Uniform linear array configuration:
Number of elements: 24
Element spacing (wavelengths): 0.5
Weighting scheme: exponential
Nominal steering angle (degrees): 60
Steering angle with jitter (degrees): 60.282
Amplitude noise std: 0.05
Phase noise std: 0.05

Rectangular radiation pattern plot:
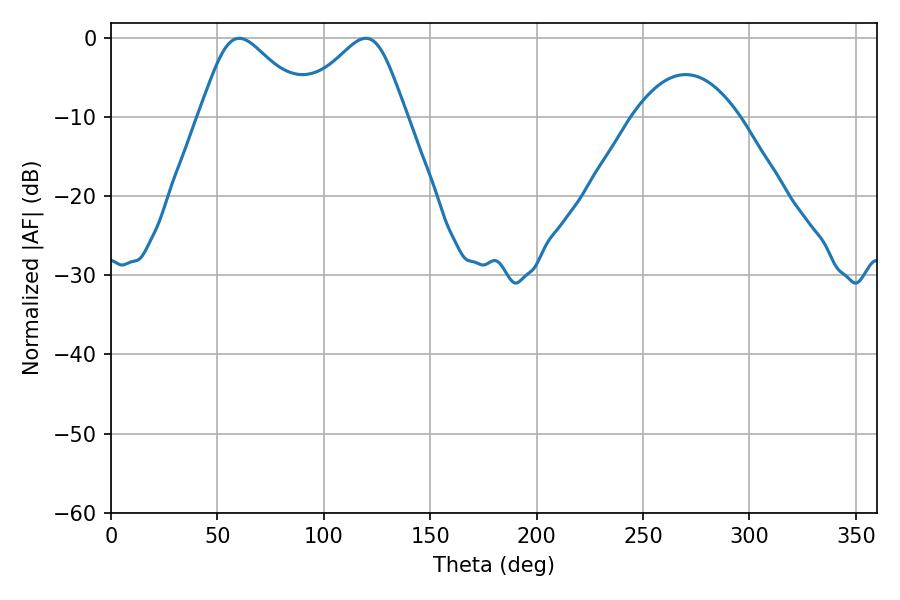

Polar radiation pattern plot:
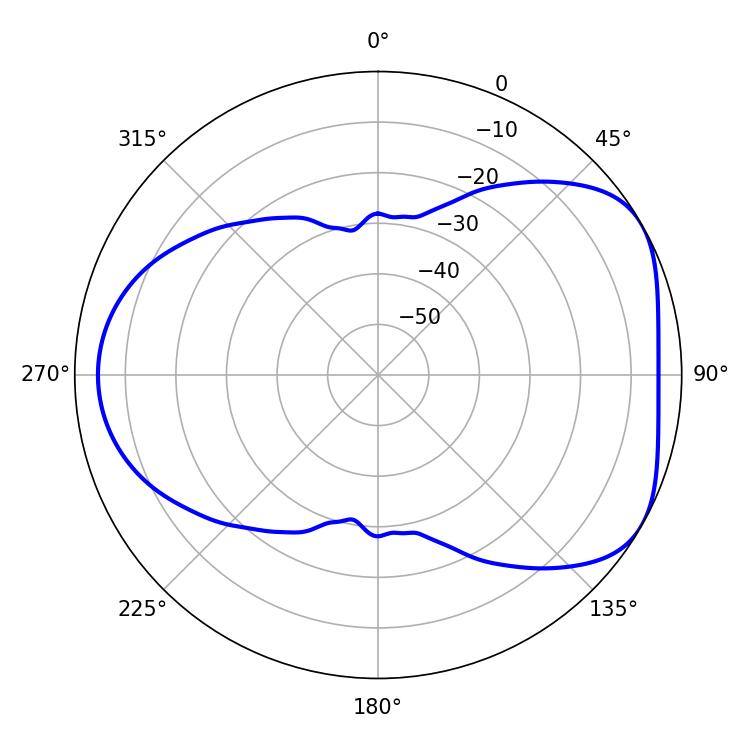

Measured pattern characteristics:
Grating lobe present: FALSE
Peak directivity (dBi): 4.883
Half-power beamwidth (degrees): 25.74
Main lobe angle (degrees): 60.3